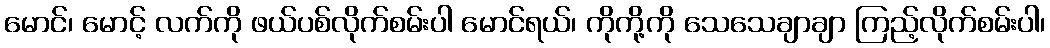
မောင်၊ မောင့် လက်ကို ဖယ်ပစ်လိုက်စမ်းပါ မောင်ရယ်၊ ကိုကို့ကို သေသေချာချာ ကြည့်လိုက်စမ်းပါ၊